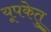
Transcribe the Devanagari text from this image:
यूपकेतु